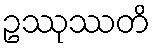
ဥဿုဿတိ